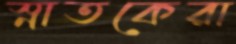
স্নাতকেরা